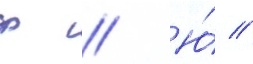
ф // Ю́ //